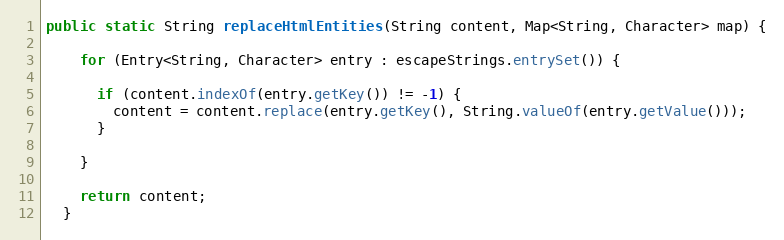
Language: Java
public static String replaceHtmlEntities(String content, Map<String, Character> map) {

    for (Entry<String, Character> entry : escapeStrings.entrySet()) {

      if (content.indexOf(entry.getKey()) != -1) {
        content = content.replace(entry.getKey(), String.valueOf(entry.getValue()));
      }

    }

    return content;
  }